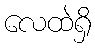
လေထဲရှိ